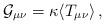
LaTeX: \begin{align*}{\cal G}_{\mu\nu}=\kappa\langle T_{\mu\nu}\rangle\,,\end{align*}